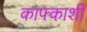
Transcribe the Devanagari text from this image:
काफ्काशी